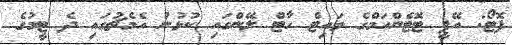
ފޮޓޯ: އޭޕީ ޓޮޓެންހަމްގެ ވައިޓް ހާޓް ލޭންގައި ކުޅުނު އެމެޗުގައި ދެ ޓީމުގެ